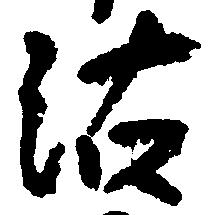
沽